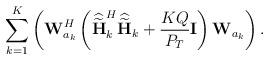
LaTeX: \begin{align*}\sum_{k=1}^K \left(\mathbf{W}_{a_k}^H\left(\widehat{\widetilde{\mathbf{H}}}_k^H\widehat{\widetilde{\mathbf{H}}}_k + \frac{KQ}{P_{T}}\mathbf{I} \right)\mathbf{W}_{a_k} \right).\end{align*}